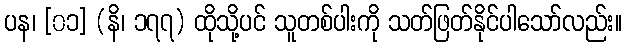
ပန၊ [၀၁] (နိ၊ ၁၇၇) ထိုသို့ပင် သူတစ်ပါးကို သတ်ဖြတ်နိုင်ပါသော်လည်း။